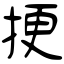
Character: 挭